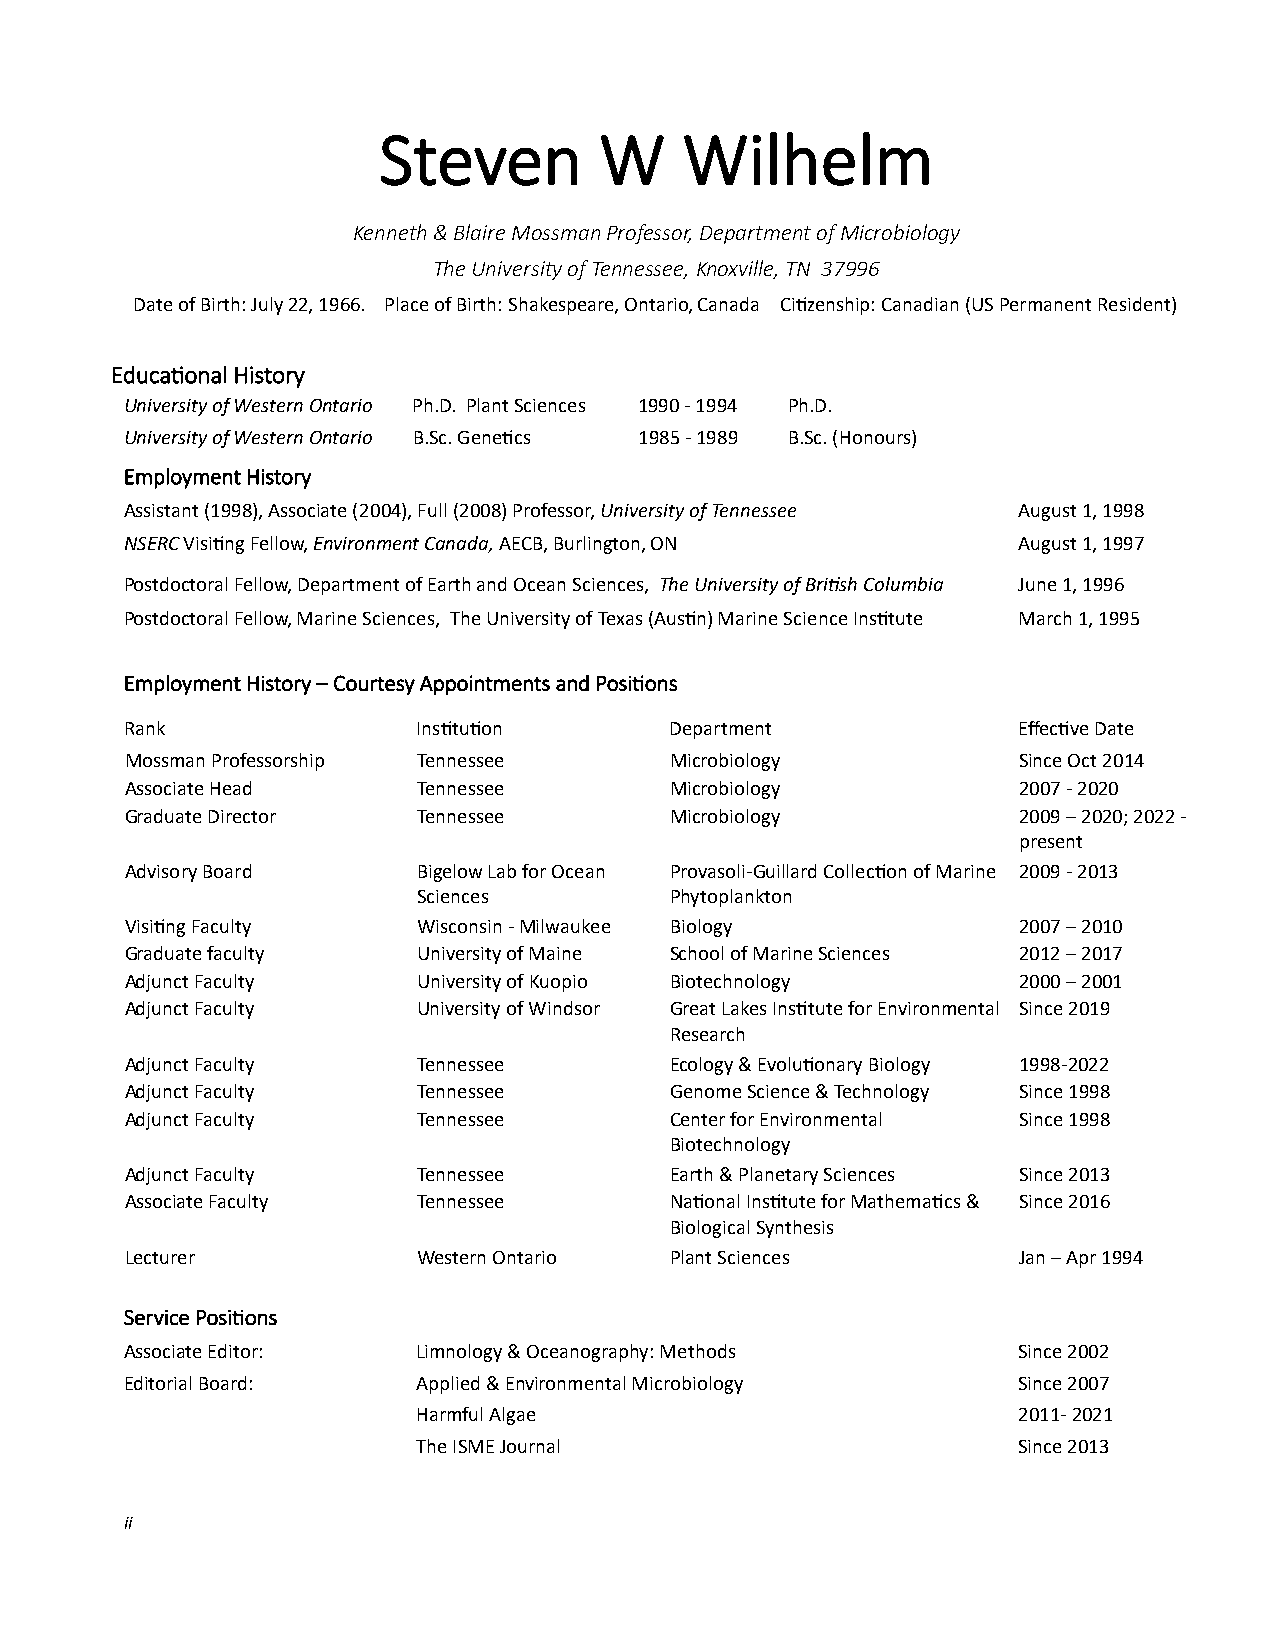
Steven         W    Wilhelm
 Kenneth & Blaire Mossman Professor, Department of Microbiology
 The University of Tennessee, Knoxville, TN 37996
 Date of Birth: July 22, 1966. Place of Birth: Shakespeare, Ontario, Canada Ci�zenship: Canadian (US Permanent Resident)
 Educa�onal History
 University of Western Ontario Ph.D. Plant Sciences 1990 - 1994 Ph.D.
 University of Western Ontario B.Sc. Gene�cs 1985 - 1989 B.Sc. (Honours)
 Employment History
 Assistant (1998), Associate (2004), Full (2008) Professor, University of Tennessee August 1, 1998
 NSERC Visi�ng Fellow, Environment Canada, AECB, Burlington, ON August 1, 1997
 Postdoctoral Fellow, Department of Earth and Ocean Sciences, The University of British Columbia June 1, 1996
 Postdoctoral Fellow, Marine Sciences, The University of Texas (Aus�n) Marine Science Ins�tute March 1, 1995
 Employment History – Courtesy Appointments and Posi�ons
 Rank                Ins�tu�on       Department             Effec�ve Date
 Mossman Professorship Tennessee     Microbiology           Since Oct 2014
 Associate Head      Tennessee       Microbiology           2007 - 2020
 Graduate Director   Tennessee       Microbiology           2009 – 2020; 2022 -
 present
 Advisory Board      Bigelow Lab for Ocean Provasoli-Guillard Collec�on of Marine 2009 - 2013
 Sciences        Phytoplankton
 Visi�ng Faculty     Wisconsin - Milwaukee Biology          2007 – 2010
 Graduate faculty    University of Maine School of Marine Sciences 2012 – 2017
 Adjunct Faculty     University of Kuopio Biotechnology     2000 – 2001
 Adjunct Faculty     University of Windsor Great Lakes Ins�tute for Environmental Since 2019
 Research
 Adjunct Faculty     Tennessee       Ecology & Evolu�onary Biology 1998-2022
 Adjunct Faculty     Tennessee       Genome Science & Technology Since 1998
 Adjunct Faculty     Tennessee       Center for Environmental Since 1998
 Biotechnology
 Adjunct Faculty     Tennessee       Earth & Planetary Sciences Since 2013
 Associate Faculty   Tennessee       Na�onal Ins�tute for Mathema�cs & Since 2016
 Biological Synthesis
 Lecturer            Western Ontario Plant Sciences         Jan – Apr 1994
 Service Posi�ons
 Associate Editor:   Limnology & Oceanography: Methods      Since 2002
 Editorial Board:    Applied & Environmental Microbiology   Since 2007
 Harmful Algae                          2011- 2021
 The ISME Journal                       Since 2013
 ii